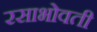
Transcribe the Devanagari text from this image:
रसाभोवती